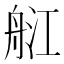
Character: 䑭